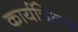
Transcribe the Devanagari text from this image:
कार्यचिंतक